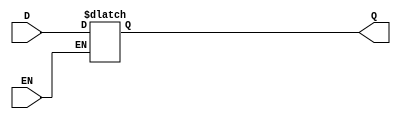
module d_latch(input D, EN, output reg Q);

always @(D, EN) begin
    if(EN)
        Q <= D;
end

endmodule